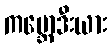
ကမ္ဘောဒီးယား